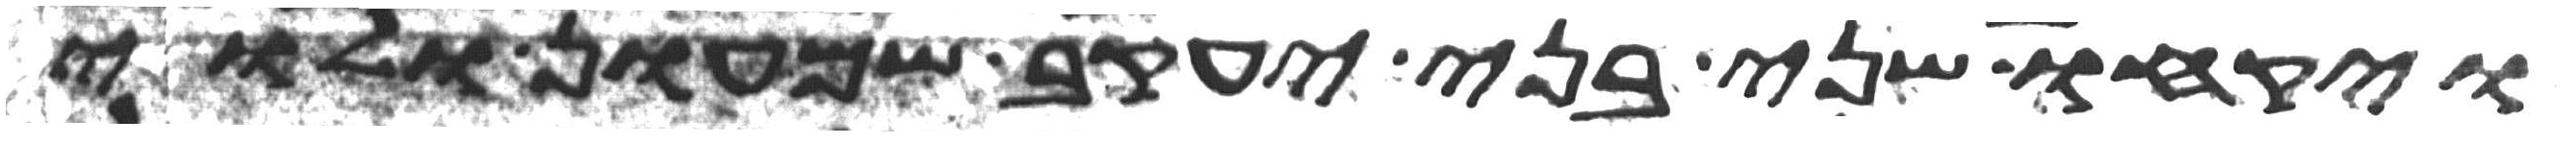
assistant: ויקחו שני בני יעקב שמעון ולוי